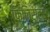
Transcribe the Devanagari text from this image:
फिनिस्टर